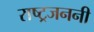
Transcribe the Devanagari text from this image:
राष्ट्रजननी